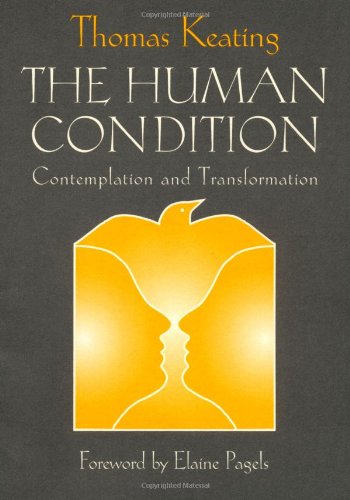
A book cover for The Human Condition: Contemplation and Transformation (Wit Lectures-Harvard Divinity School); Thomas Keating; Religion & Spirituality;